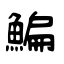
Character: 鯿